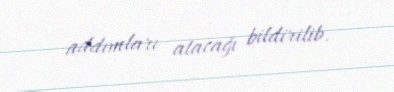
addımları atacağı bildirilib.